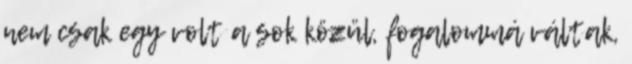
nem csak egy volt a sok közül, fogalommá váltak,